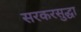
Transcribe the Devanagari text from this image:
सरकरसुद्धा